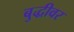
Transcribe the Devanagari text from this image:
बुद्धीवर